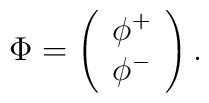
\nonumber \Phi = \left( \begin{array}{c} \phi^{+} \\ \phi^{-} \end{array} \right).